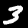
Digit: 3